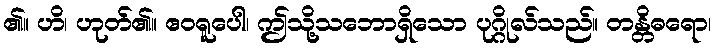
၏။ ဟိ၊ ဟုတ်၏။ ဧဝရူပေါ၊ ဤသို့သဘောရှိသော ပုဂ္ဂိုလ်သည်။ တန္တိဓရော၊